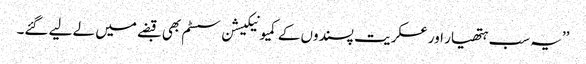
’’یہ سب ہتھیار اور عسکریت پسندوں کے کمیونیکیشن سسٹم بھی قبضے میں لے لیے گئے۔